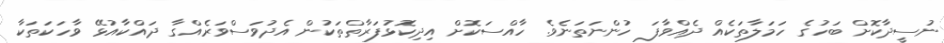
ނުސީދާކޮށް ބަހުގެ ހަމަލާތަކެއް ދެއްވާފަ ހުންނަތަނެވެ. ހާއްސަކޮށް އިދިކޮޅުފަރާތްތަކުން އެދުވަސްވަރެއްގާ ދައްކާއުޅޭ ވާހަކަތަކާ